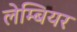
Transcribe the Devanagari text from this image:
लेम्बियर